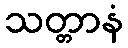
သတ္တာနံ